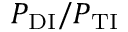
P _ { \mathrm { D I } } / P _ { \mathrm { T I } }